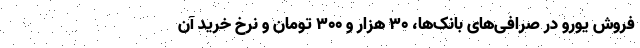
فروش یورو در صرافی‌های بانک‌ها، ۳۰ هزار و ۳۰۰ تومان و نرخ خرید آن